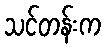
သင်တန်းက